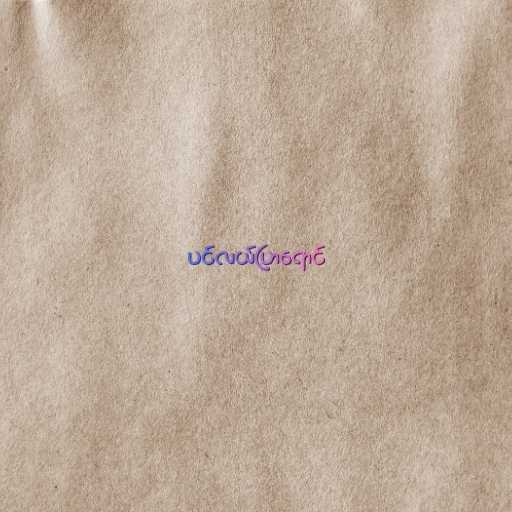
ပင်လယ်ပြာရောင်